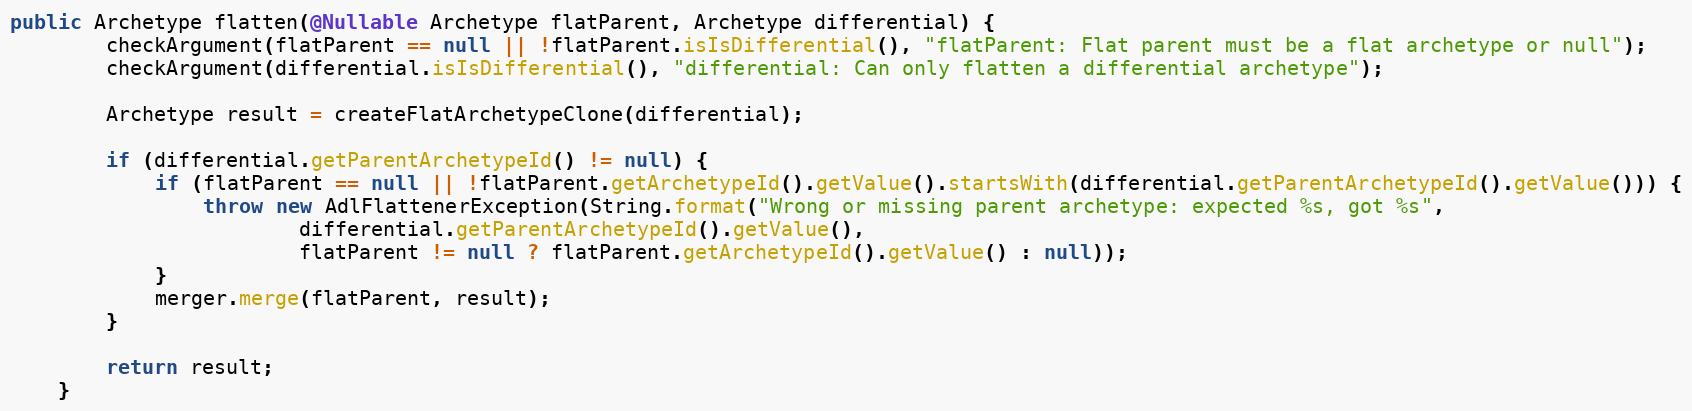
Language: Java
public Archetype flatten(@Nullable Archetype flatParent, Archetype differential) {
        checkArgument(flatParent == null || !flatParent.isIsDifferential(), "flatParent: Flat parent must be a flat archetype or null");
        checkArgument(differential.isIsDifferential(), "differential: Can only flatten a differential archetype");

        Archetype result = createFlatArchetypeClone(differential);

        if (differential.getParentArchetypeId() != null) {
            if (flatParent == null || !flatParent.getArchetypeId().getValue().startsWith(differential.getParentArchetypeId().getValue())) {
                throw new AdlFlattenerException(String.format("Wrong or missing parent archetype: expected %s, got %s",
                        differential.getParentArchetypeId().getValue(),
                        flatParent != null ? flatParent.getArchetypeId().getValue() : null));
            }
            merger.merge(flatParent, result);
        }

        return result;
    }